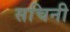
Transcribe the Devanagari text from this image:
सचिनी